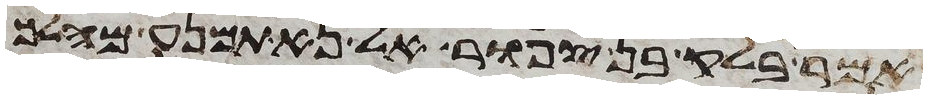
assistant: אמר בלק בן צפור אל נא תמנע מהלך